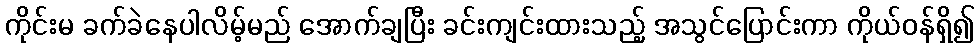
ကိုင်းမ ခက်ခဲနေပါလိမ့်မည် အောက်ချပြီး ခင်းကျင်းထားသည့် အသွင်ပြောင်းကာ ကိုယ်ဝန်ရှိ၍